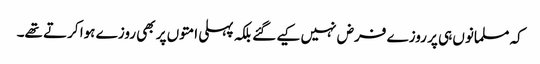
کہ مسلمانوں ہی پر روزے فرض نہیں کیے گئے بلکہ پہلی امتوں پر بھی روزے ہوا کرتے تھے۔